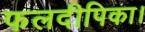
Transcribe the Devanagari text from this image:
फलदीपिका।